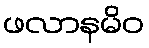
ဖလာနမိဝ